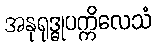
အနုရုဒ္ဓုပက္ကိလေသံ